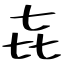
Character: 㐂